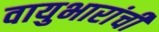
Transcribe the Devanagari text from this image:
वायुभारांची